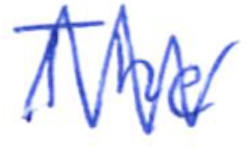
Text: The
Cross-out: zig-zag
Writing tool: ballpoint